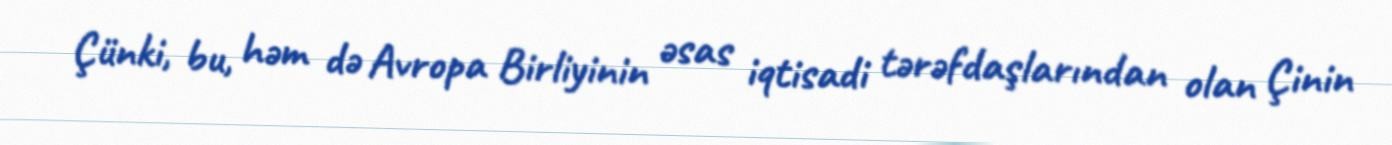
Çünki, bu, həm də Avropa Birliyinin əsas iqtisadi tərəfdaşlarından olan Çinin